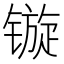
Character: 镟